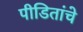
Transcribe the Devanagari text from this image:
पीडितांचे